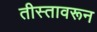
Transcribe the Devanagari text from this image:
तीस्तावरून